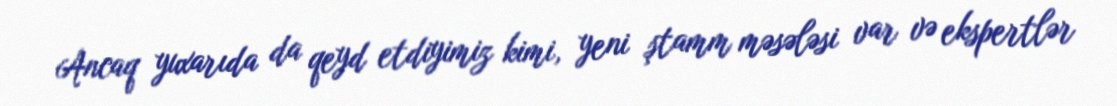
Ancaq yuxarıda da qeyd etdiyimiz kimi, yeni ştamm məsələsi var və ekspertlər